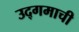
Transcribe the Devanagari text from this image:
उद्‌गमाची